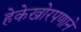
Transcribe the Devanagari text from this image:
हेकेखोरपणाने